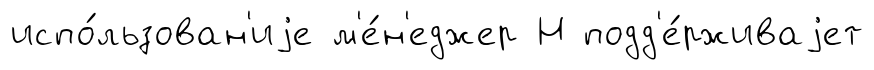
испо́льзован'иjе м'е́н'еджер Н подд'е́рживаjет